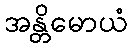
အန္တိမောယံ